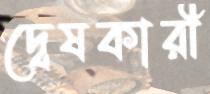
দ্বেষকারী